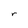
Character: r